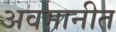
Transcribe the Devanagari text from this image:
अवमानीत